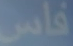
فاس